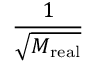
\frac { 1 } { \sqrt { M _ { \mathrm { r e a l } } } }